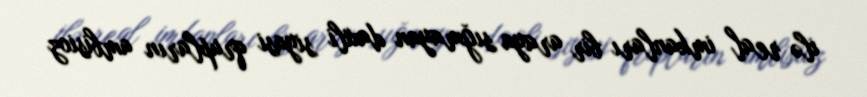
ilə real imkanları bir araya sığmayan daxili siyasi qrupların ambisioz